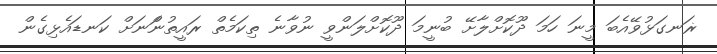
ޜަނގަޅުވޭއެބަ މީނަ ހަމަ ދޫކޮށްލާށޭ ބުނީމަ ދޫކޮށްލަންވީ ނުވާނެ ތިކަމެތް ރައީތުނަްނަށް ކަނޑައެޅިގެން